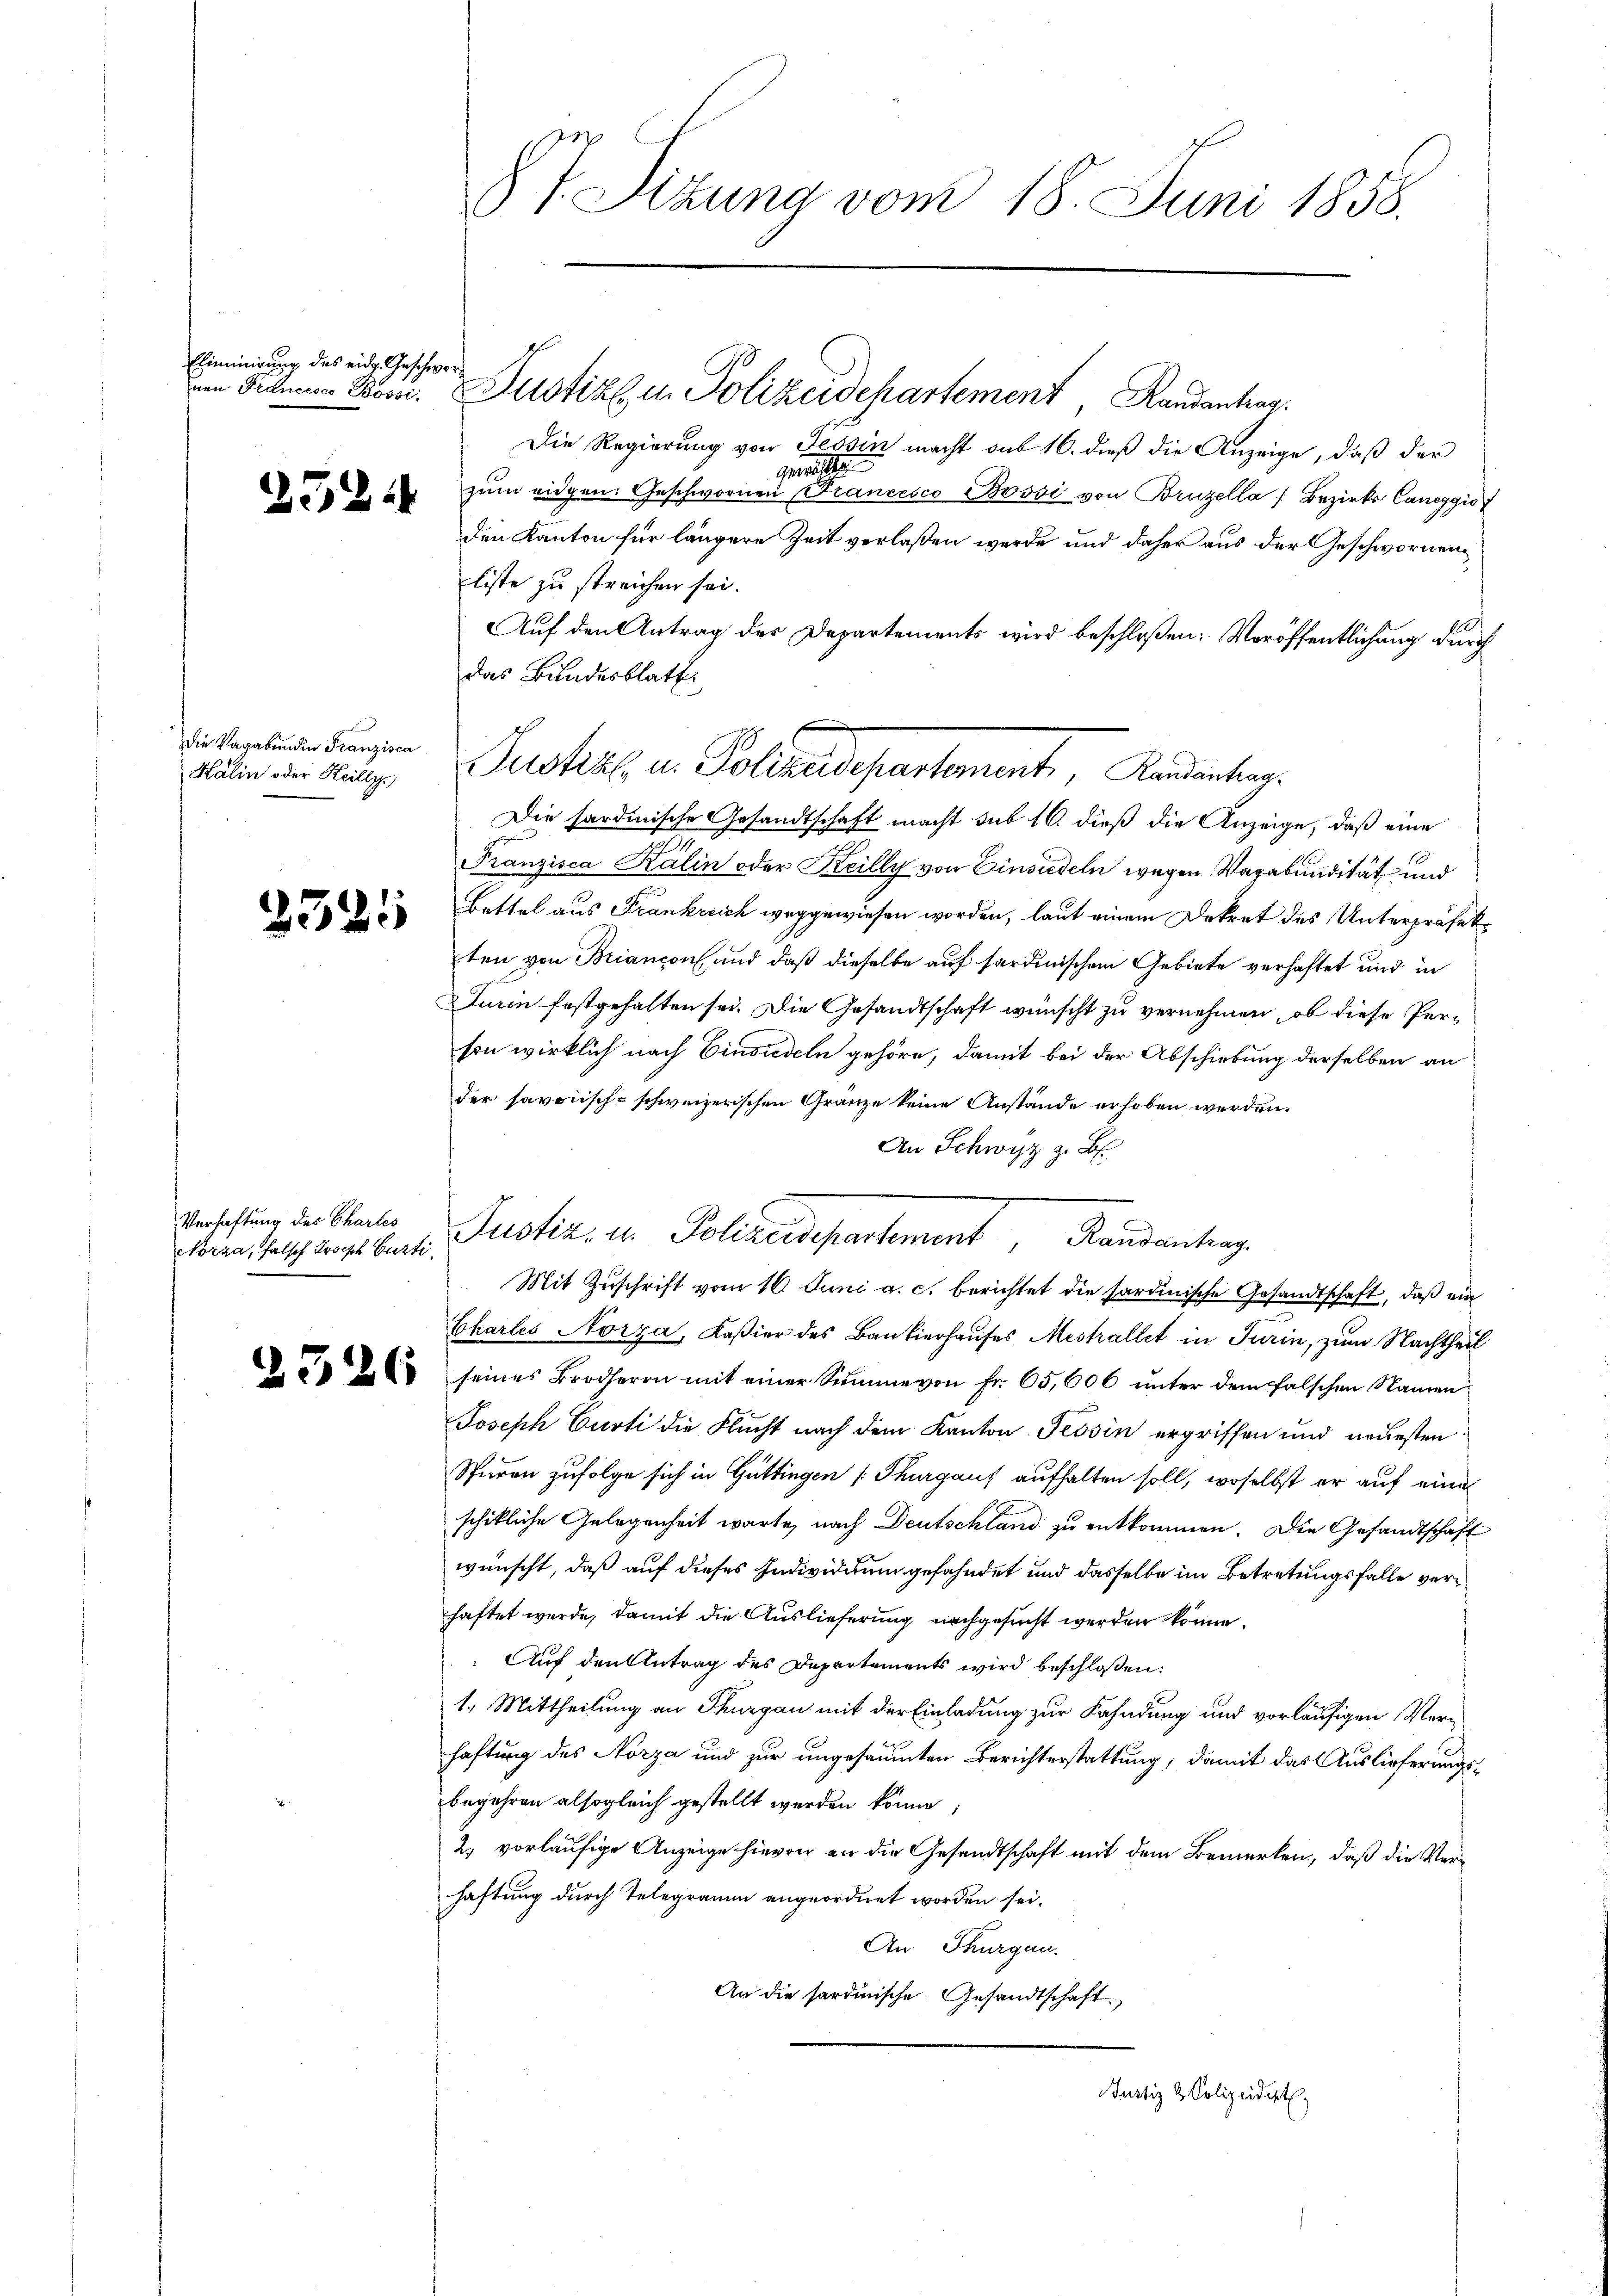
Eliminirung des eidg. Geschwor¬

25

die Vagabunden Franzisca
Kalin oder Keilly

33.

22

5

Verhaftung des Chartes
Nörza, falsch Joseph Curti,

2326

Die Regierung von Tessin macht sub 16. dieß die Anzeige, daß der
ge
zŭm eidgen. Geschwornen Francesco Bossi von Bruzella Bezirks Cancggić
den Kanton für längere Zeit verlaßen werde und daher aus der Geschwornenliste zu streichen sei.
Auf den Antrag der Departements wird beschloßen: Veröffentlichung durch
das Bundesblatt
Die sardinische Gesandtschaft macht sub 16. dieß die Anzeige, daß eine
Franzisca Kalin oder Keilly von Einsiedeln wegen Vagabundität und
Bettel aus Frankreich weggewiesen worden, laut einem Dekret des Unterpräfek
ten von Briancon und daß dieselbe auf sardinischem Gebiete verhaftet und in
Durin festgehalten sei. Die Gesandtschaft wünscht zu vernehmen, ob diese Person wirklich nach Einsiedeln gehöre, damit bei der Abschiebung derselben an
der savoisch-schweizerischen Gränze keine Anstände erhoben werden.
An Schwyz z. B.
Justiz- u. Polizeidepartement, Randantrag.
Mit Zuschrift vom 10. Juni a. c. berichtet die sardinische Gesandtschaft, daß ein
Charles Norza, Kaßier des Bankierhauses Mestrallet in Turin, zum Nachtheil
seines Brodherrn mit einer Summe von Fr. 65,000 unter dem falschen Namen¬
Joseph Curti die Flucht nach dem Kanton Tessin ergriffen und neuesten
Spuren zufolge sich in Güttingen Thurgauf aufhalten soll, woselbst er auf eine
schikliche Gelegenheit warte, nach Deutschland zu entkommen. Die Gesandtschaft
wünscht, daß auf dieses Individuum gefahndet und dasselbe im Betretungsfalle verhaftet werde, damit die Auslieferung nachgesucht werden könne.
Auf den Antrag des Departements wird beschloßen:
1.) Mittheilung an Thurgau mit der Einladung zur Fahndung und vorläufigen Verhaftung des Norza und zur ungesäumten Berichterstattung, damit das Auslieferungsbegehren alsogleich gestellt werden könne;
2) vorläufige Anzeige hievon an die Gesandtschaft mit dem Bemerken, daß die Verhaftung durch Telegramm angeordnet worden sei.
An Thurgau.
An die sardinische Gesandtschaft.

2
§ 1. Sitzung vom 18. Juni 1858.

a Filia Boon. Justiz u. Polizeidepartement, Randantrag

Susters in Polterlesentement, Neuenburg.

Justiz & Polizeidigt.